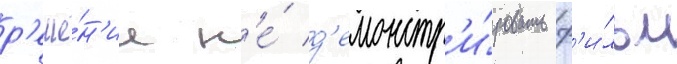
р'еше́н'ие н'е́ д'емонстр'и́ровать ф'и́льм